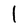
Character: l